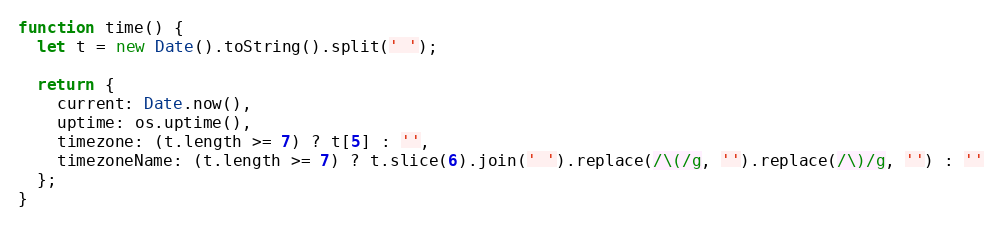
Language: JavaScript
function time() {
  let t = new Date().toString().split(' ');

  return {
    current: Date.now(),
    uptime: os.uptime(),
    timezone: (t.length >= 7) ? t[5] : '',
    timezoneName: (t.length >= 7) ? t.slice(6).join(' ').replace(/\(/g, '').replace(/\)/g, '') : ''
  };
}